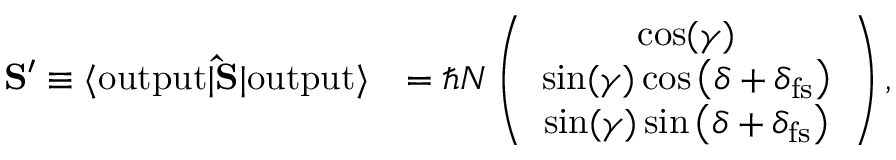
\begin{array} { r l } { { \bf S } ^ { \prime } \equiv \langle \mathrm { o u t p u t } | { \bf \hat { S } } | \mathrm { o u t p u t } \rangle } & { = \hbar N \left( \begin{array} { c } { \cos ( \gamma ) } \\ { \sin ( \gamma ) \cos \left( \delta + \delta _ { \mathrm { f s } } \right) } \\ { \sin ( \gamma ) \sin \left( \delta + \delta _ { \mathrm { f s } } \right) } \end{array} \right) , } \end{array}